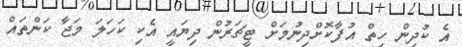
އެ ކުދިން ހިތް އުފާކޮށްދިނުމަށް ޓީޗަރުން ދިޔައީ އެކި ކަހަލަ މަޖާ ކަންތައް